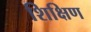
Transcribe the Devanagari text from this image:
शिक्षिण